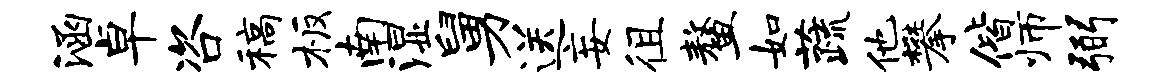
涵卓咨稿板南湿舅送妄徂鳌如蔬他攀偕师弼